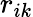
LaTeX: {r}_{ik}